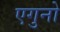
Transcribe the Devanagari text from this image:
एगुनो